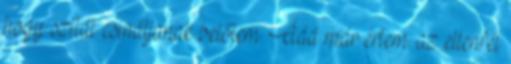
hogy szitát csináljanak belőlem. Ááá már értem. az ellenfél